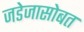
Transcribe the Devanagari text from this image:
जडेजासोबत